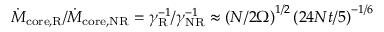
\dot { M } _ { \mathrm { c o r e , R } } / \dot { M } _ { \mathrm { c o r e , N R } } = \gamma _ { \mathrm { R } } ^ { - 1 } / \gamma _ { \mathrm { N R } } ^ { - 1 } \approx \left( N / 2 \Omega \right) ^ { 1 / 2 } \left( 2 4 N t / 5 \right) ^ { - 1 / 6 }